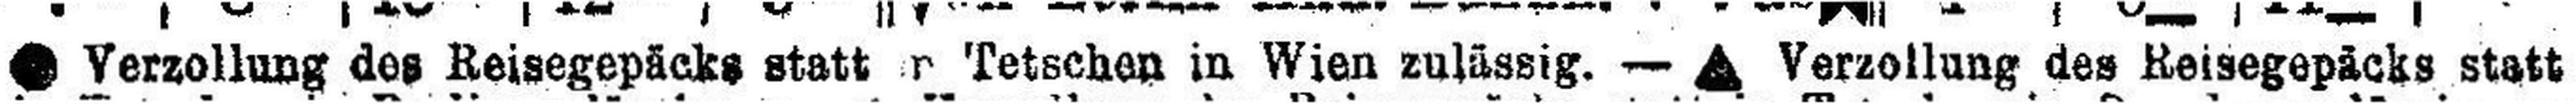
### Verzollung des Reisegepäcks statt###r Tetschen in Wien zulässig. — ### Verzollung des Reisegepäcks statt